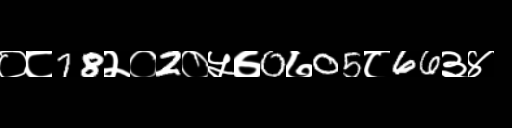
Text: ०८78२०2०५७0७05८66३४